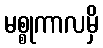
မစ္စုကာလမှိ